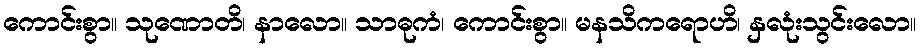
ကောင်းစွာ။ သုဏောတိ၊ နာလော။ သာဓုကံ၊ ကောင်းစွာ။ မနသိကရောဟိ၊ နှလုံးသွင်းလော။